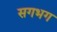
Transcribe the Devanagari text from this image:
सगभग